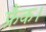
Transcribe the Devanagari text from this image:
फ्रैंक।